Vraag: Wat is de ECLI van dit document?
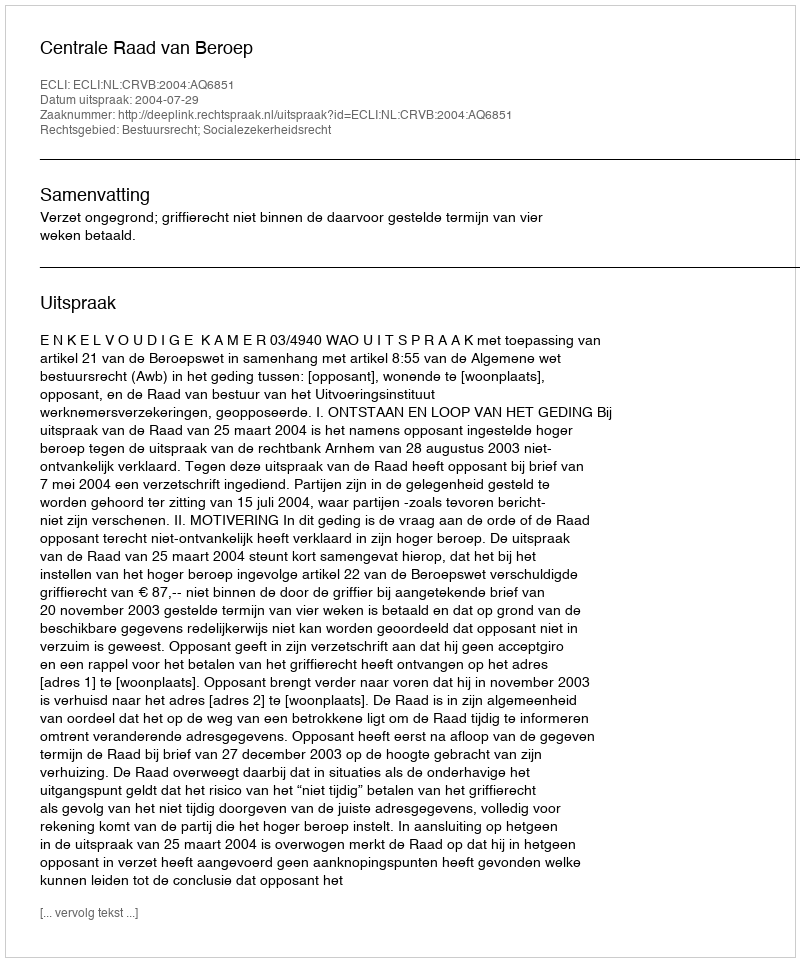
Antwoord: ECLI:NL:CRVB:2004:AQ6851